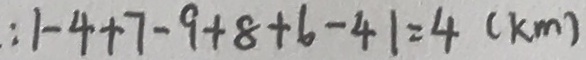
: \vert - 4 + 7 - 9 + 8 + 6 - 4 \vert = 4 ( k m )